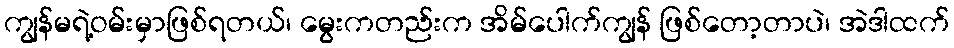
ကျွန်မရဲ့ဝမ်းမှာဖြစ်ရတယ်၊ မွေးကတည်းက အိမ်ပေါက်ကျွန် ဖြစ်တော့တာပဲ၊ အဲဒါထက်